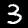
Digit: 3